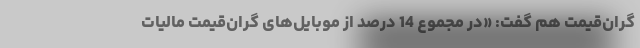
گران‌قیمت هم گفت: «در مجموع 14 درصد از موبایل‌های گران‌قیمت مالیات